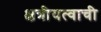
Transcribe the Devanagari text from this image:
क्षत्रीयत्वाची